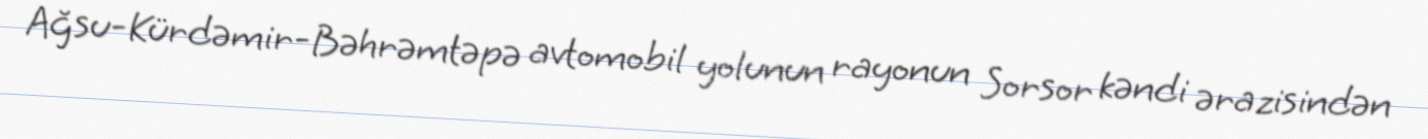
Ağsu-Kürdəmir-Bəhrəmtəpə avtomobil yolunun rayonun Sorsor kəndi ərazisindən